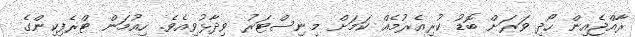
ރާއްޖެއިން ހޯދި ވަރަށް ބޮޑު ކުރިއެރުމެއް ކަމަށް މިނިސްޓަރު ވިދާޅުވިއެވެ. ހިއުމަން ޓްރެފިކިންގެ